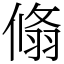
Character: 翛